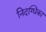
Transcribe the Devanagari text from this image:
निदग्धिका